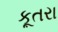
કૂતરા